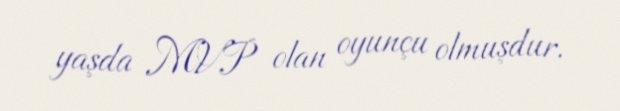
yaşda MVP olan oyunçu olmuşdur.